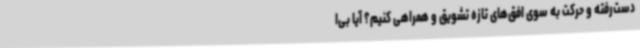
دست‌رفته و حرکت به سوی افق‌های تازه تشویق و همراهی کنیم؟ آیا بی‌ا